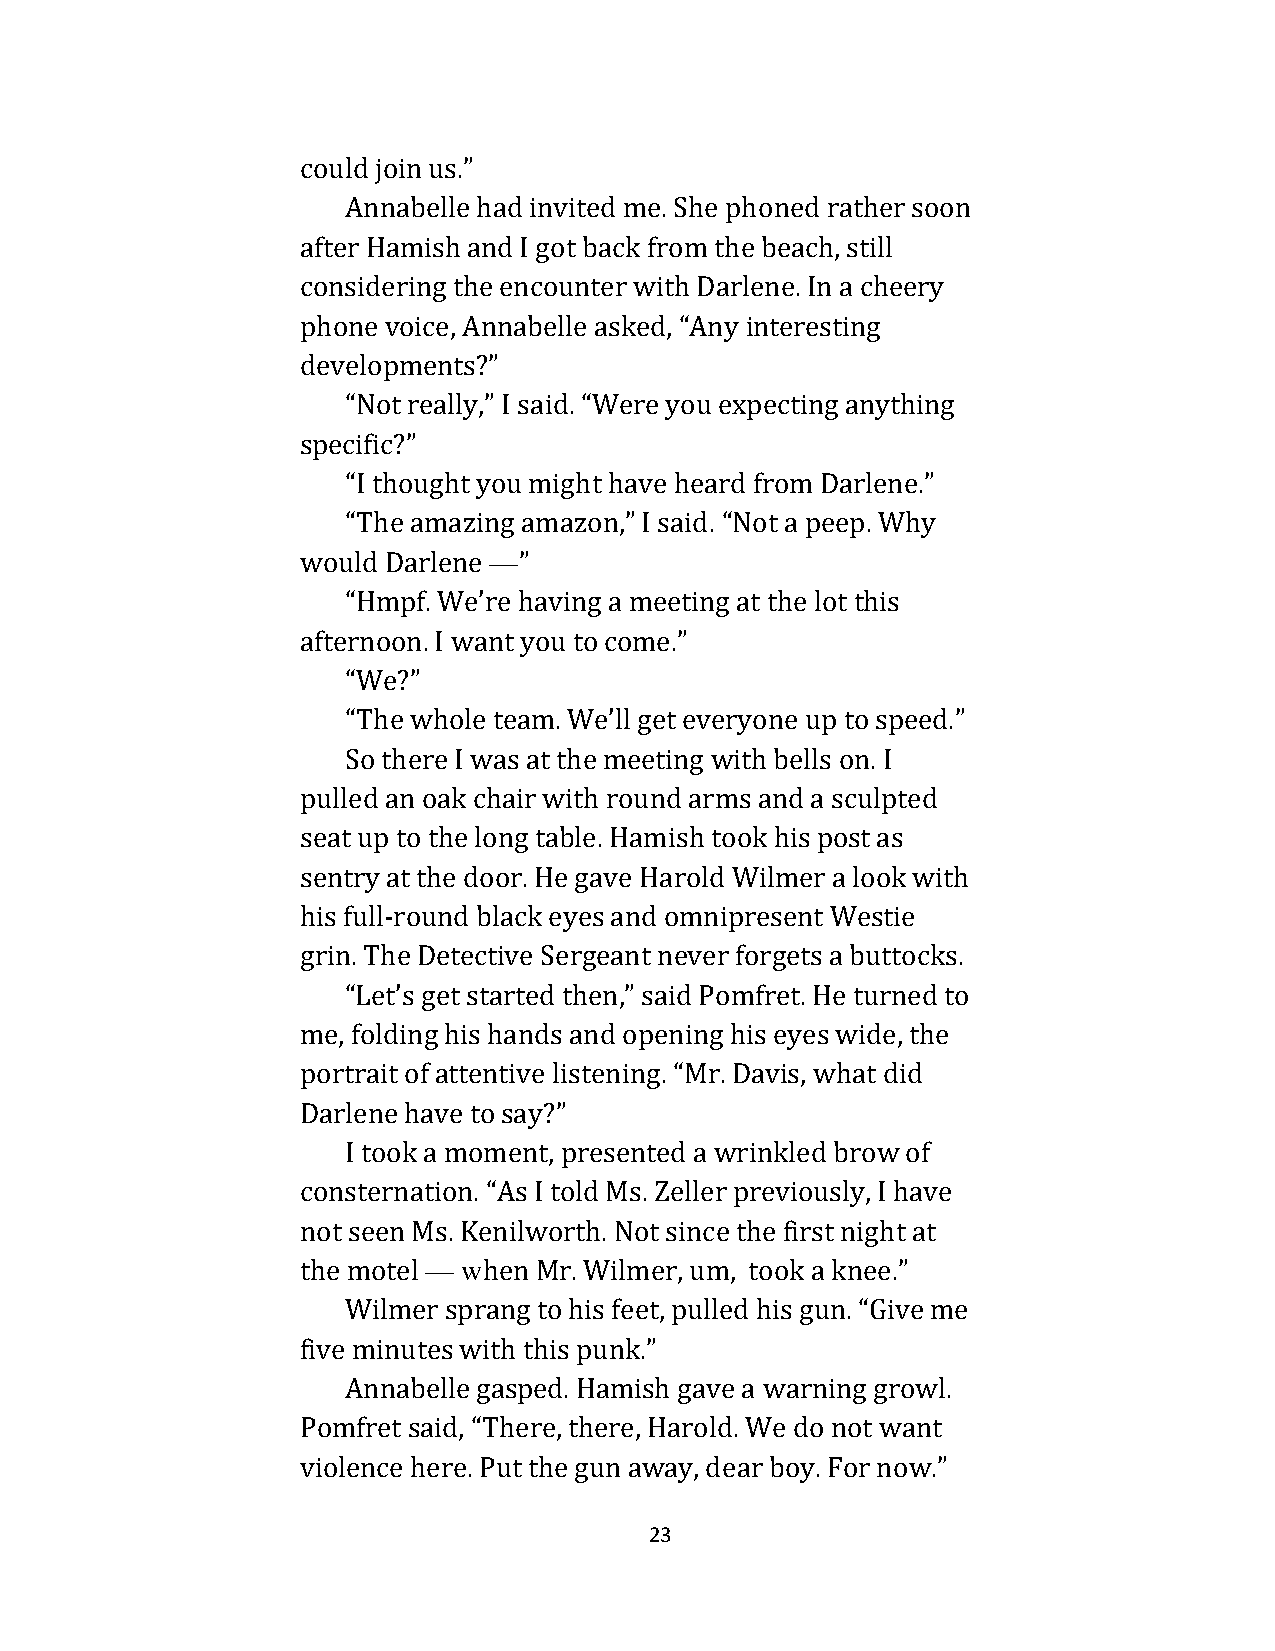
could join us.”
 Annabelle had invited me. She phoned rather soon
 after Hamish and I got back from the beach, still
 considering the encounter with Darlene. In a cheery
 phone voice, Annabelle asked, “Any interesting
 developments?”
 “Not really,” I said. “Were you expecting anything
 specific?”
 “I thought you might have heard from Darlene.”
 “The amazing amazon,” I said. “Not a peep. Why
 would Darlene —”
 “Hmpf. We’re having a meeting at the lot this
 afternoon. I want you to come.”
 “We?”
 “The whole team. We’ll get everyone up to speed.”
 So there I was at the meeting with bells on. I
 pulled an oak chair with round arms and a sculpted
 seat up to the long table. Hamish took his post as
 sentry at the door. He gave Harold Wilmer a look with
 his full-round black eyes and omnipresent Westie
 grin. The Detective Sergeant never forgets a buttocks.
 “Let’s get started then,” said Pomfret. He turned to
 me, folding his hands and opening his eyes wide, the
 portrait of attentive listening. “Mr. Davis, what did
 Darlene have to say?”
 I took a moment, presented a wrinkled brow of
 consternation. “As I told Ms. Zeller previously, I have
 not seen Ms. Kenilworth. Not since the first night at
 the motel — when Mr. Wilmer, um, took a knee.”
 Wilmer sprang to his feet, pulled his gun. “Give me
 five minutes with this punk.”
 Annabelle gasped. Hamish gave a warning growl.
 Pomfret said, “There, there, Harold. We do not want
 violence here. Put the gun away, dear boy. For now.”
 23